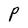
Character: P